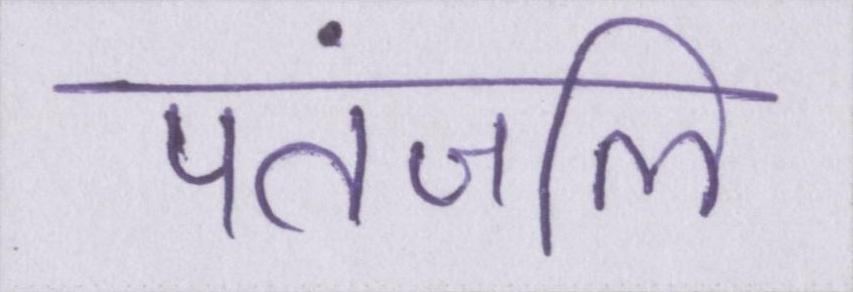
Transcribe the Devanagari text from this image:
पतंजलि